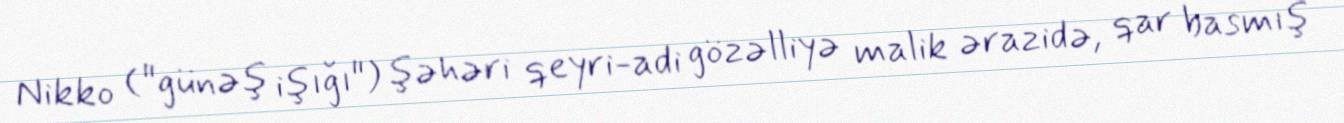
Nikko ("günəş işığı") şəhəri qeyri-adi gözəlliyə malik ərazidə, qar basmış